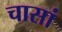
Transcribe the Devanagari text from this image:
चासां